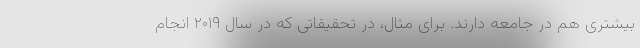
بیشتری هم در جامعه دارند. برای مثال، در تحقیقاتی که در سال ۲۰۱۹ انجام